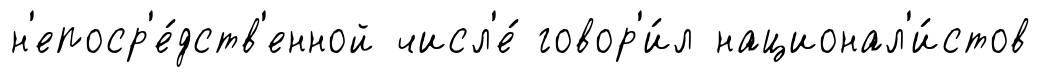
н'епоср'е́дств'енной числ'е́ говор'и́л национал'и́стов